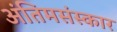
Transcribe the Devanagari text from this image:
अंतिमसंस्कार